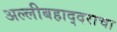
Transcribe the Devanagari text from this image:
अल्लीबहाद्दराचा